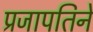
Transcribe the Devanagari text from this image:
प्रजापतिने